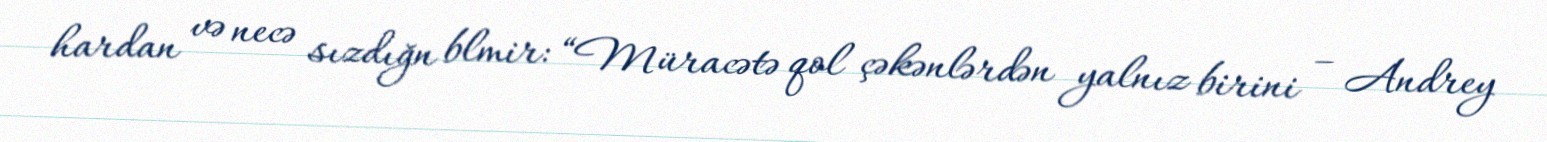
hardan və necə sızdığn blmir: “Müracətə qol çəkənlərdən yalnız birini – Andrey